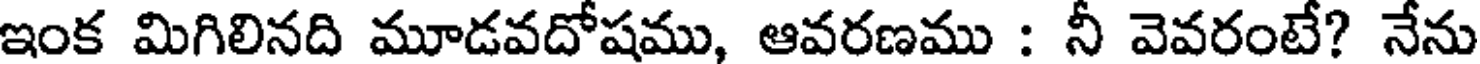
ఇంక మిగిలినది మూడవదోషము, ఆవరణము : నీ వెవరంటే? నేను